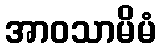
အာဝသာမိမံ